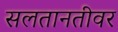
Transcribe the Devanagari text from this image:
सलतानतीवर